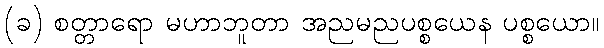
(ခ) စတ္တာရော မဟာဘူတာ အညမညပစ္စယေန ပစ္စယော။